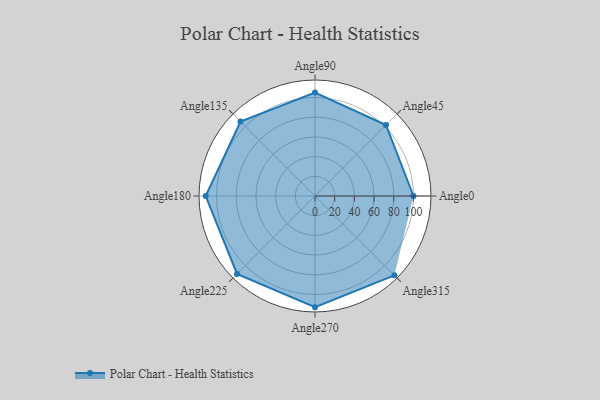
{"axis": {"x": "Angle", "y": "Radius"}, "legend": [""], "data": [{"x": "Angle0", "y": 100.0, "type": ""}, {"x": "Angle45", "y": 102.0, "type": ""}, {"x": "Angle90", "y": 105.0, "type": ""}, {"x": "Angle135", "y": 107.0, "type": ""}, {"x": "Angle180", "y": 111.0, "type": ""}, {"x": "Angle225", "y": 112.0, "type": ""}, {"x": "Angle270", "y": 113.0, "type": ""}, {"x": "Angle315", "y": 114.0, "type": ""}]}